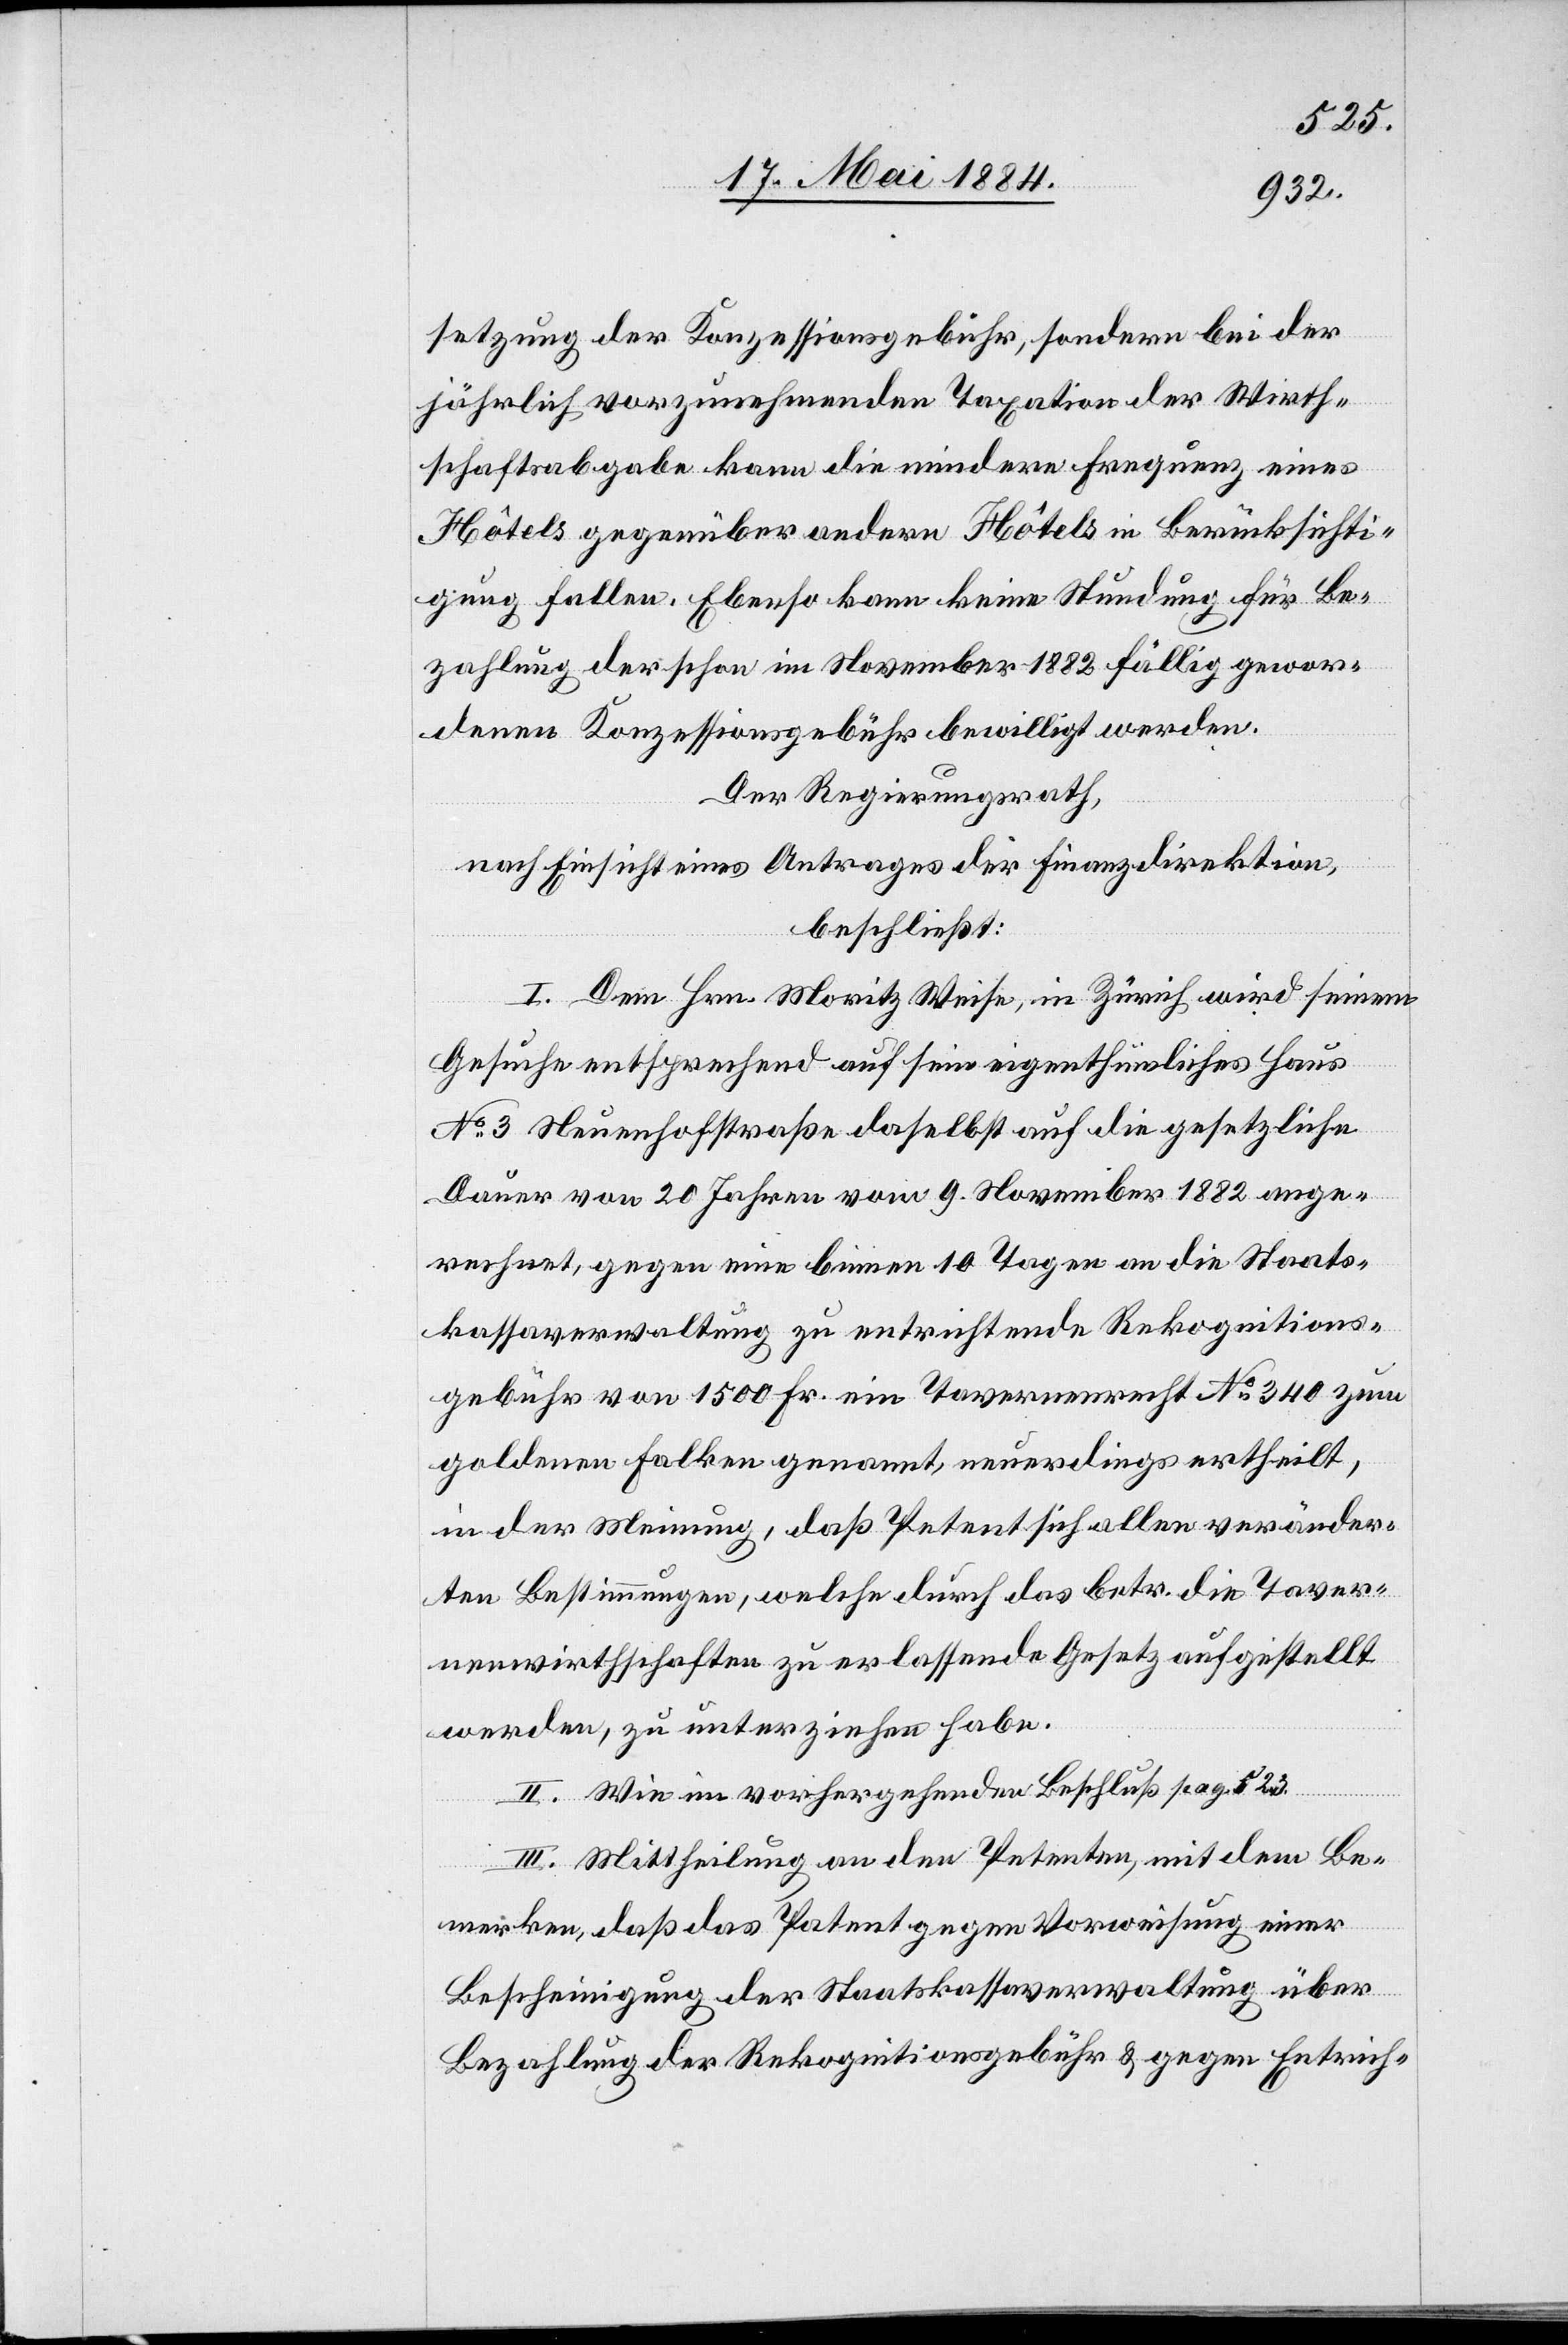
setzung der Konzessionsgebühr, sondern bei der
jährlich vorzunehmenden Taxation der Wirth¬
schaftsabgabe kann die niedere Frequenz eines
Hôtels gegenüber andern Hôtels in Berücksichti¬
gung fallen. Ebenso kann keine Stundung für Be¬
zahlung der schon im November 1882 fällig gewor¬
denen Konzessionsgebühr bewilligt werden.
Der Regierungsrath,
nach Einsicht eines Antrages der Finanzdirektion,
beschließt:
I. Dem Hrn. Moritz Weise, in Zürich wird seinem
Gesuche entsprechend auf sein eigenthümliches Haus
No 3 Neuenhofstraße daselbst auf die gesetzliche
Dauer von 20 Jahren vom 9. November 1882 ange¬
rechnet, gegen eine binnen 10 Tagen an die Staats¬
kassaverwaltung zu entrichtende Rekognitions¬
gebühr von 1500 Fr. ein Tavernenrecht No 340 zum
goldenen Falken genannt, neuerdings ertheilt,
in der Meinung, daß Petent sich allen veränder¬
ten Bestimmungen, welche durch das betr. die Taver¬
nenwirthschaften zu erlassende Gesetz aufgestellt
werden, zu unterziehen habe.
II. Wie im vorhergehenden Beschluß pag. 523.
III. Mittheilung an den Petenten, mit dem Be¬
merken, daß das Patent gegen Vorweisung einer
Bescheinigung der Staatskassaverwaltung über
Bezahlung der Rekognitionsgebühr & gegen Entrich-